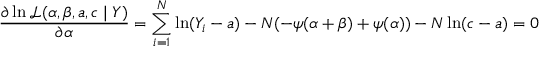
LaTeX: { \frac { \partial \ln { \mathcal { L } } ( \alpha , \beta , a , c \mid Y ) } { \partial \alpha } } = \sum _ { i = 1 } ^ { N } \ln ( Y _ { i } - a ) - N ( - \psi ( \alpha + \beta ) + \psi ( \alpha ) ) - N \ln ( c - a ) = 0